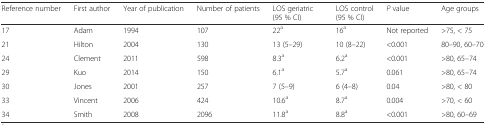
<table><thead><tr><td><b>Reference number</b></td><td><b>First author</b></td><td><b>Year of publication</b></td><td><b>Number of patients</b></td><td><b>LOS geriatric (95 % CI)</b></td><td><b>LOS control (95 % CI)</b></td><td><b><i>P</i> value</b></td><td><b>Age groups</b></td></tr></thead><tbody><tr><td>17</td><td>Adam</td><td>1994</td><td>107</td><td>22<sup>a</sup></td><td>16<sup>a</sup></td><td>Not reported</td><td>&gt;75, &lt; 75</td></tr><tr><td>21</td><td>Hilton</td><td>2004</td><td>130</td><td>13 (5–29)</td><td>10 (8–22)</td><td>&lt;0.001</td><td>80–90, 60–70</td></tr><tr><td>24</td><td>Clement</td><td>2011</td><td>598</td><td>8.3<sup>a</sup></td><td>6.2<sup>a</sup></td><td>&lt;0.001</td><td>&gt;80, 65–74</td></tr><tr><td>29</td><td>Kuo</td><td>2014</td><td>150</td><td>6.1<sup>a</sup></td><td>5.7<sup>a</sup></td><td>0.061</td><td>&gt;80, 65–74</td></tr><tr><td>30</td><td>Jones</td><td>2001</td><td>257</td><td>7 (5–9)</td><td>6 (4–8)</td><td>0.04</td><td>&gt;80, &lt; 80</td></tr><tr><td>33</td><td>Vincent</td><td>2006</td><td>424</td><td>10.6<sup>a</sup></td><td>8.7<sup>a</sup></td><td>0.004</td><td>&gt;70, &lt; 60</td></tr><tr><td>34</td><td>Smith</td><td>2008</td><td>2096</td><td>11.8<sup>a</sup></td><td>8.8<sup>a</sup></td><td>&lt;0.001</td><td>&gt;80, 60–69</td></tr></tbody></table>